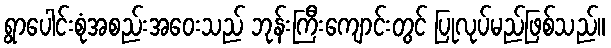
ရွာပေါင်းစုံအစည်းအဝေးသည် ဘုန်းကြီးကျောင်းတွင် ပြုလုပ်မည်ဖြစ်သည်။